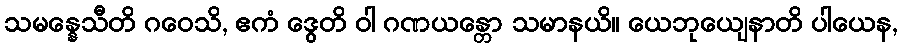
သမန္နေသီတိ ဂဝေသိ, ဧကံ ဒွေတိ ဝါ ဂဏယန္တော သမာနယိ။ ယေဘုယျေနာတိ ပါယေန,